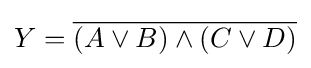
Y={\overline {(A\lor B)\land (C\lor D)}}